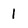
Character: 1